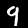
Digit: 9